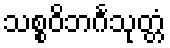
သစ္စဝိဘင်္ဂသုတ္တံ